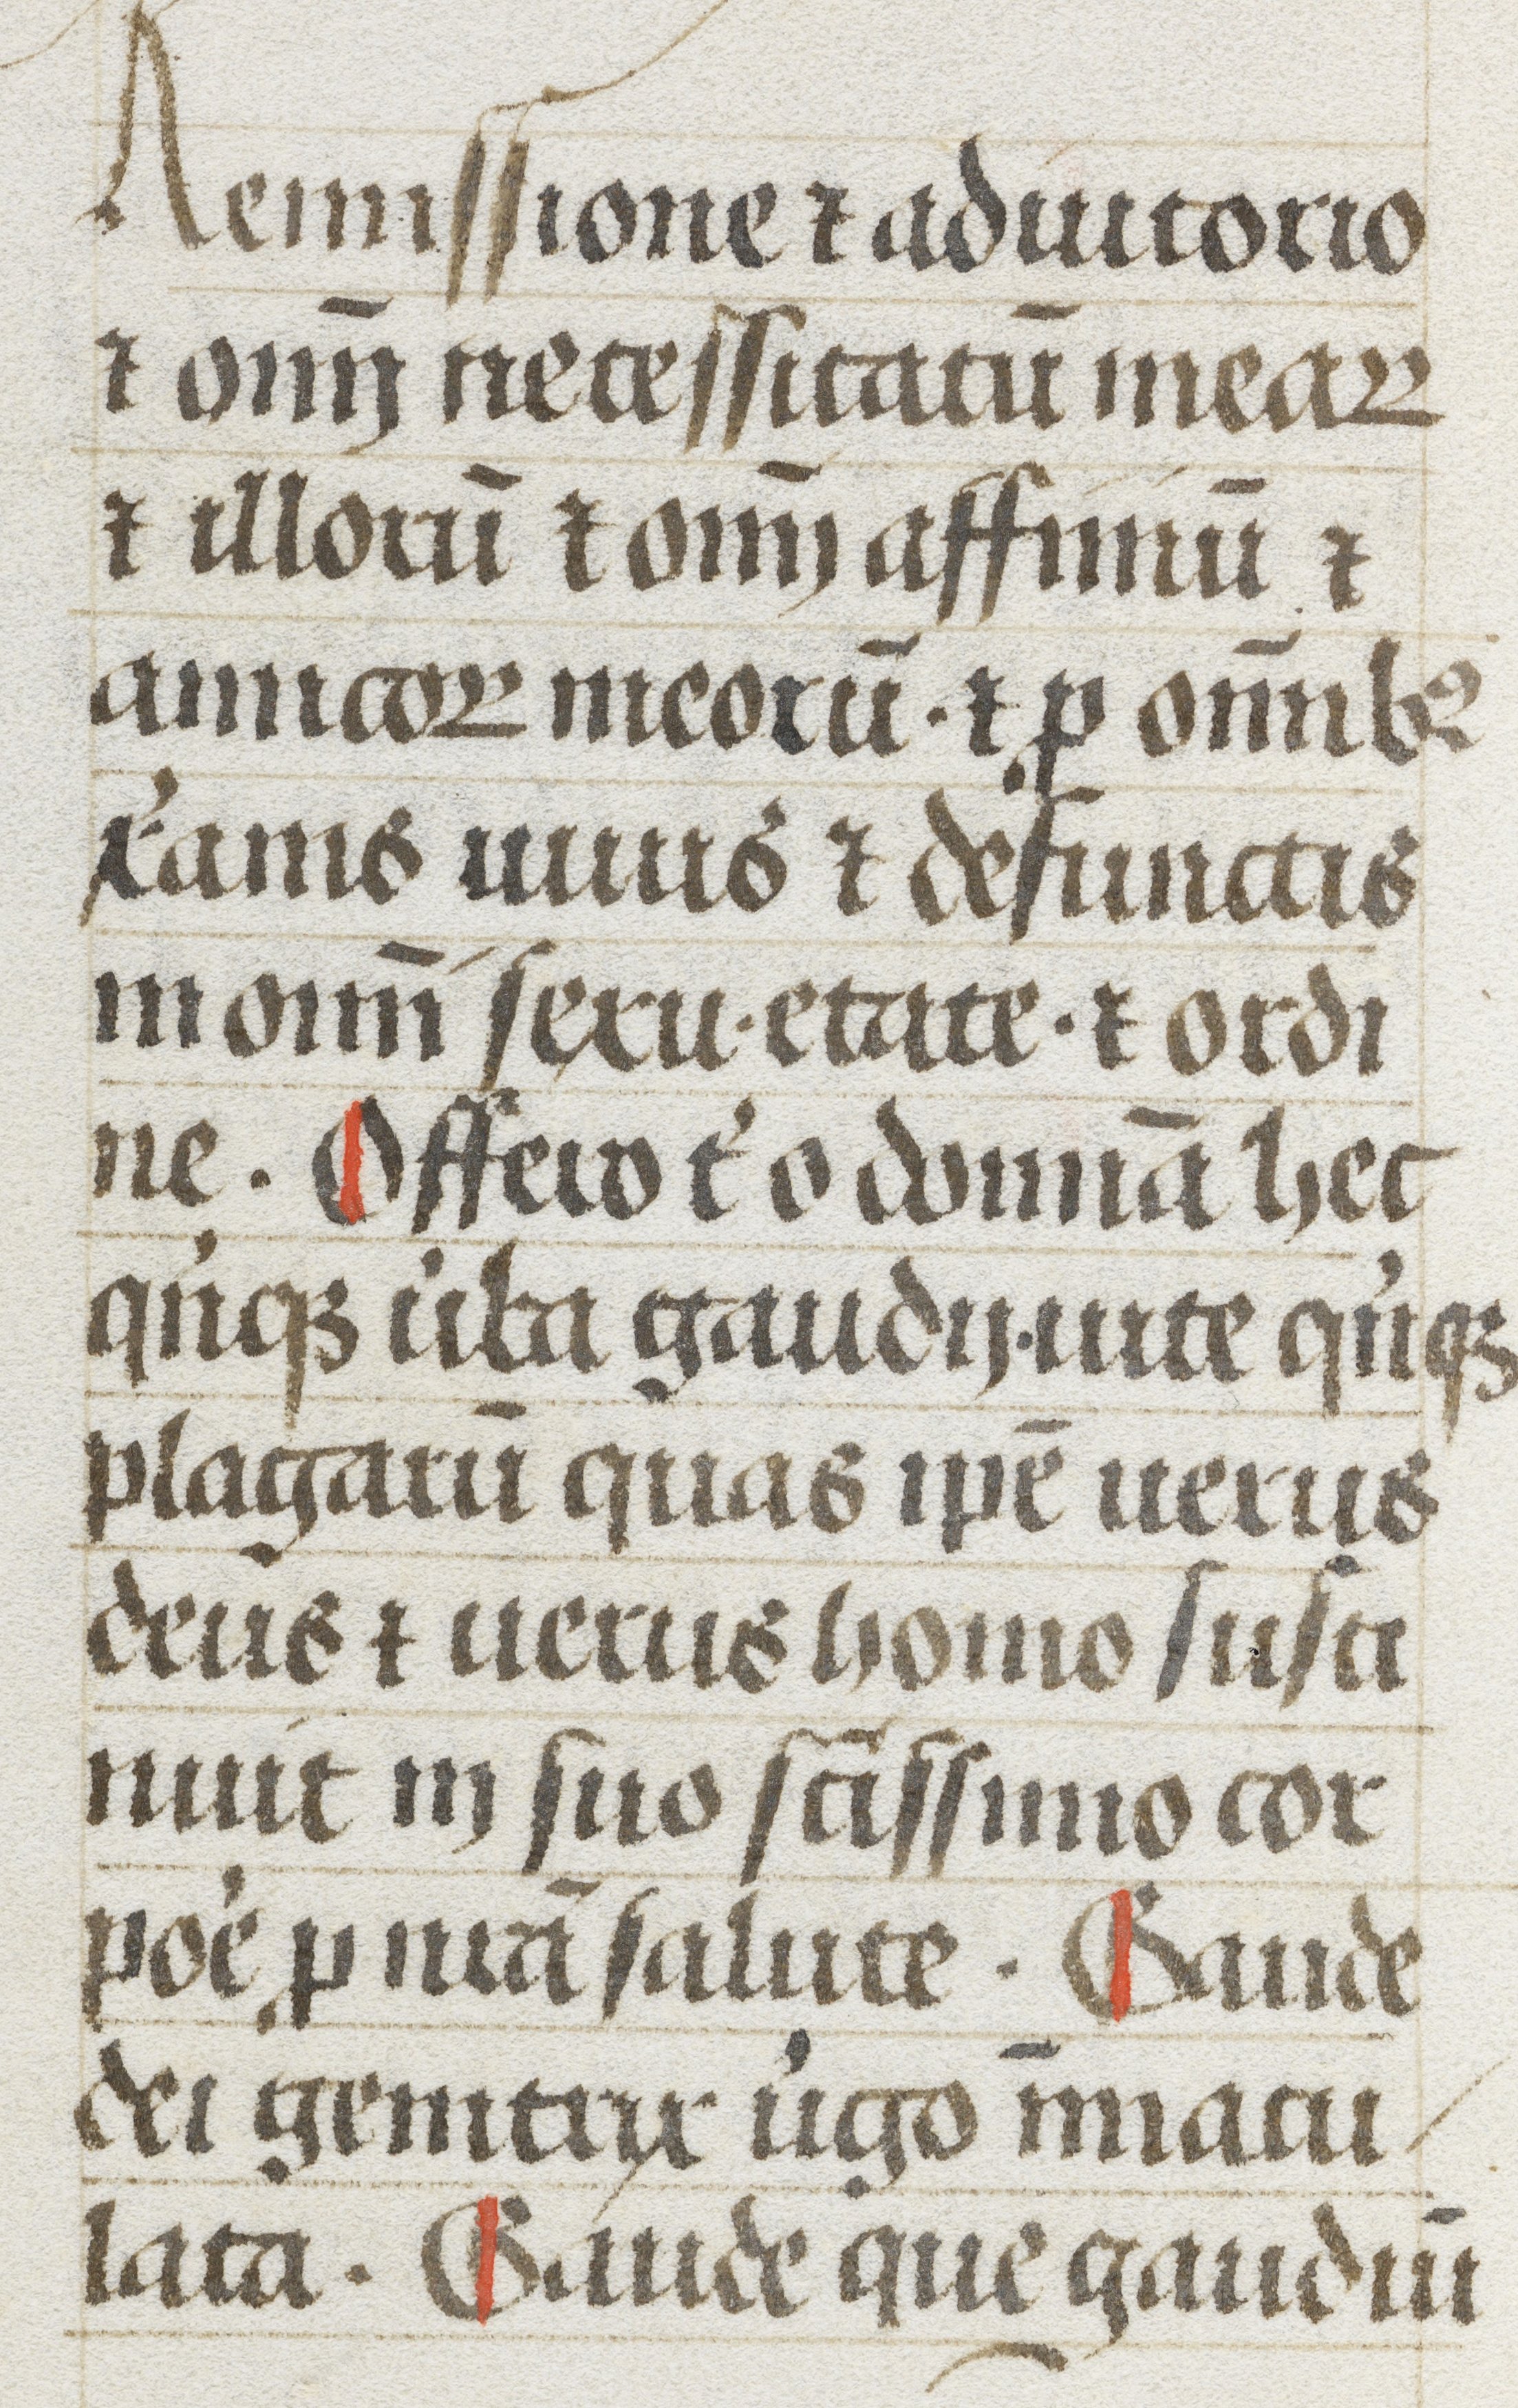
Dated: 1480–1480